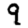
Digit: 9